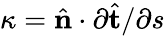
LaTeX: \kappa=\hat{\mathbf{n}}\cdot{\partial\hat{\mathbf{t}}}/{\partial s}